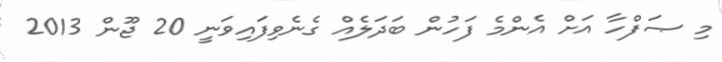
މި ޞަފްހާ އަށް އެންމެ ފަހުން ބަދަލެއް ގެނެވިފައިވަނީ 20 ޖޫން 2013